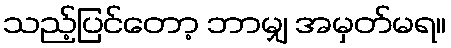
သည့်ပြင်တော့ ဘာမျှ အမှတ်မရ။